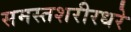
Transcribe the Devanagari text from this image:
समस्तशरीरधरे